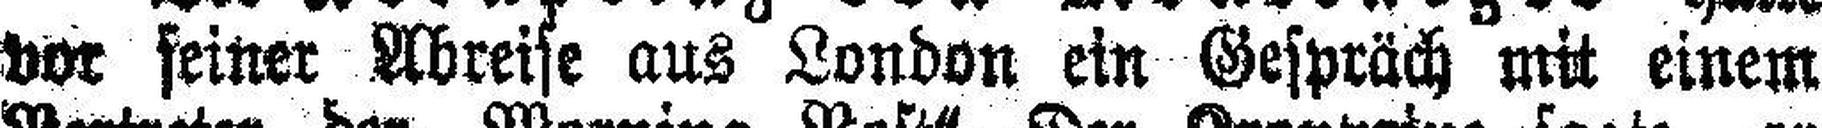
vor seiner Abreise aus London ein Gespräch mit einem